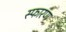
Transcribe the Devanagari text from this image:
स्फारण